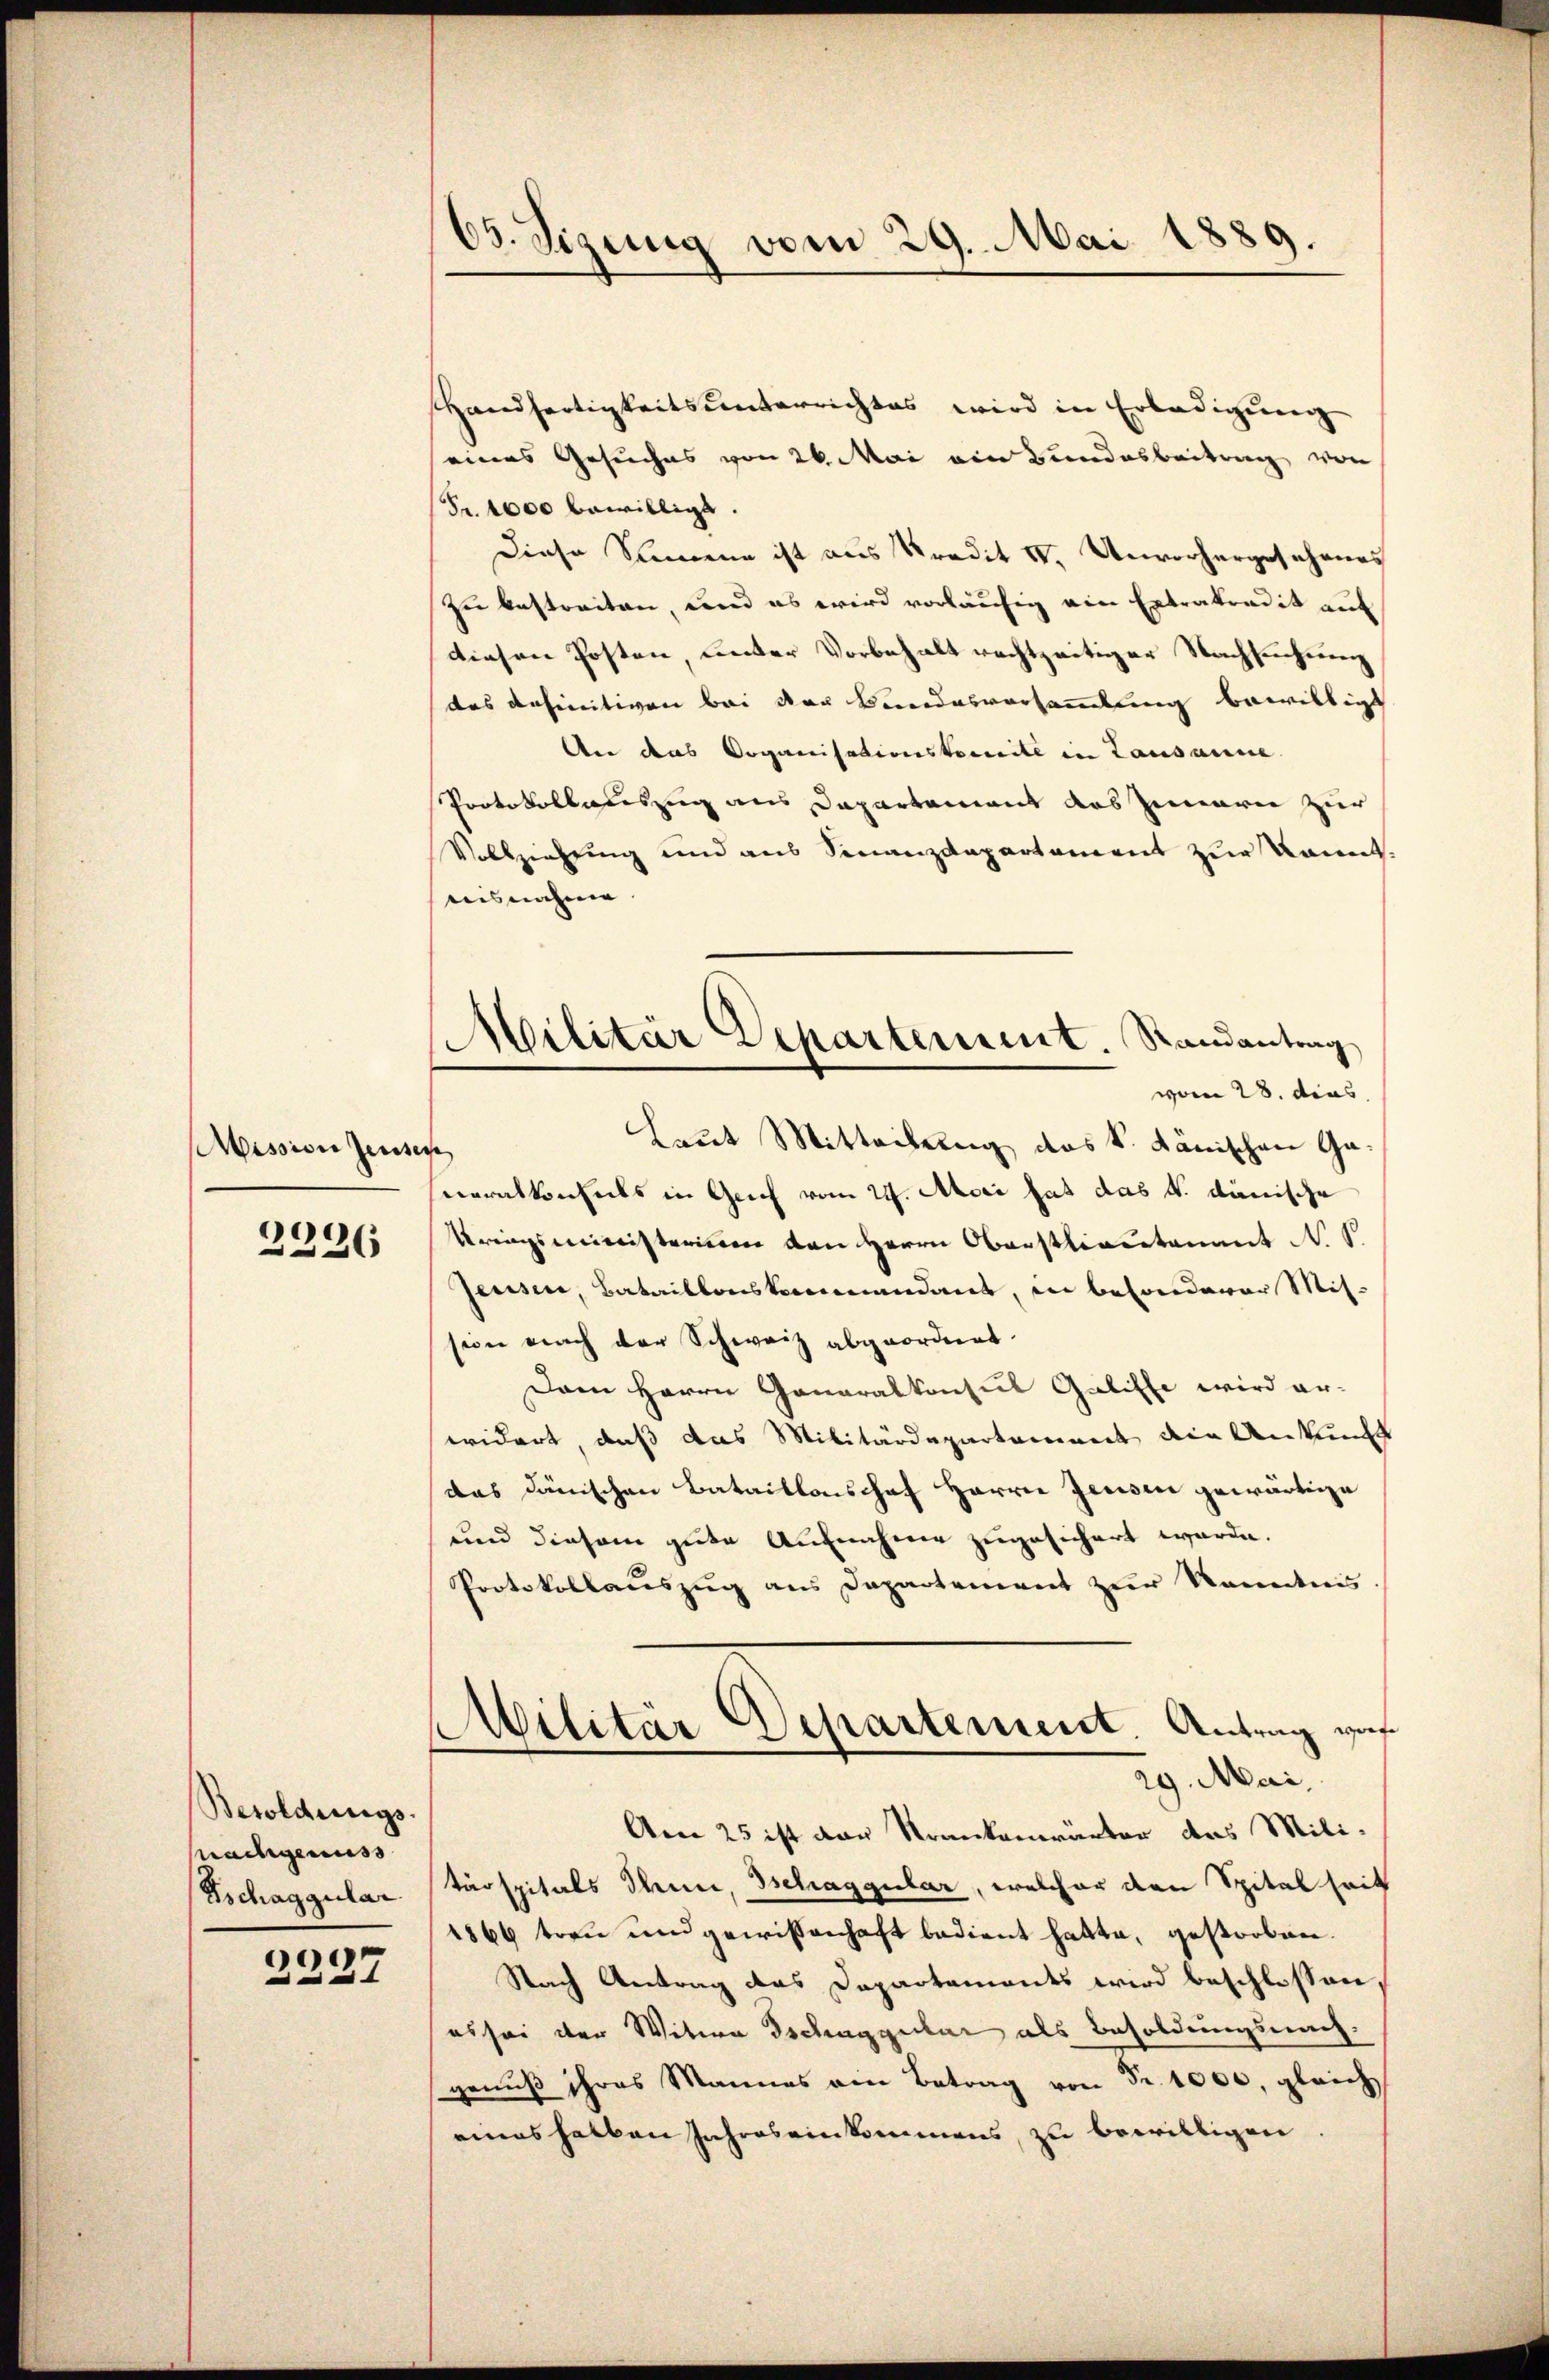
Aission Jensen

2226

Besoldungs-
nachgenuss
Tschaggular

2227

03. Sizung vom 29. Mai 1889.

Militär Departement. Randantrag
vom 28. das

Handfertigkeitsunterrichtes wird in Erledigŭng
eines Gesuches von 26. Mai ein Bundesbeitrag von
Fr. 4000 bewilligt.
Diese Summe ist aus Predit IV. Unvorhergesehenes
zu bestreiten, und es wird vorläufig ein Ertraterdit auf
diesen Posten, unter Vorbehalt rechtzeitiger Nachsuchung
das definitiven bei der Bundesversammlung bewilligt
An das Organisationsbereite in Lausanne
Protokollauszug aus Dapartement das Zinärer zur
Vollziehung und aus Finanzdepartament zur kannt.
aisnahme
Laut Mitteilung das k. dänischen Ganeralkonsuls in Genf vom 24. Aori hat das v. dänische
Kriegsministerium den Herrn Oberstlieutenant N. 1.
Jensen, Bataillonskommendant, in besonderer Mit-
sion nach der Schweiz abgeordnet.
Dem Herrn Ganaralkonsul Galille wird er-
widert, daß das Militärdepartement die Ankunft
das dänischen Bataillonshof Herrn Jensen gewärtige
und diesem gute Aufnahme zugesichert werde.
Protokollauszug aus Departement zŭr Kenntnis.
MMilitär Departement. Antrag war
29. Mai,
Am 25 ist der Krankenwärter das Mili-
tärspitals Thuni, Tschaggular, welcher den Spital seit
1866 treu und gewissenhaft bedient hatte, gestorben.
Nach Antrag des Departements wird beschlossen,
es sei der Witwe Tschaggular als Besoldungsnach.
genuß ihres Mannes am Betrag von Fr. 1000, gleich
eines halben Jahres einkommens, zu bewilligen